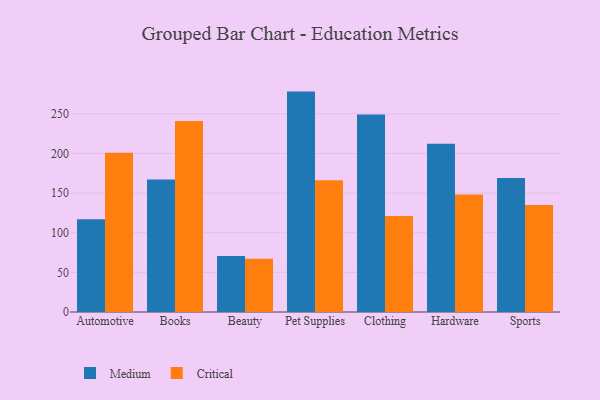
{"axis": {"x": "Category", "y": "Gross Profit (USD K)"}, "legend": ["Critical", "Medium"], "data": [{"x": "Automotive", "y": 116.9, "type": "Medium"}, {"x": "Automotive", "y": 201.0, "type": "Critical"}, {"x": "Books", "y": 167.0, "type": "Medium"}, {"x": "Books", "y": 241.0, "type": "Critical"}, {"x": "Beauty", "y": 70.5, "type": "Medium"}, {"x": "Beauty", "y": 67.3, "type": "Critical"}, {"x": "Pet Supplies", "y": 278.0, "type": "Medium"}, {"x": "Pet Supplies", "y": 166.1, "type": "Critical"}, {"x": "Clothing", "y": 249.1, "type": "Medium"}, {"x": "Clothing", "y": 121.2, "type": "Critical"}, {"x": "Hardware", "y": 212.2, "type": "Medium"}, {"x": "Hardware", "y": 148.2, "type": "Critical"}, {"x": "Sports", "y": 168.9, "type": "Medium"}, {"x": "Sports", "y": 135.0, "type": "Critical"}]}